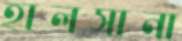
হালসানা